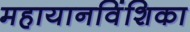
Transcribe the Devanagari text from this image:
महायानविंशिका